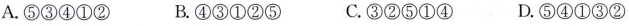
A.⑤③④①② B.④③①②⑤ C.③②⑤①④ D.⑤④①③②